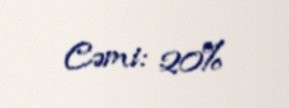
Cəmi: 20%